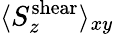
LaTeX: \langle S_{z}^{\mathrm{shear}}\rangle_{xy}